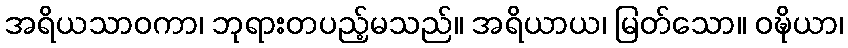
အရိယသာဝကာ၊ ဘုရားတပည့်မသည်။ အရိယာယ၊ မြတ်သော။ ဝဍ္ဎိယာ၊